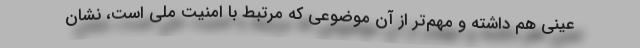
عینی هم داشته و مهم‌تر از آن موضوعی که مرتبط با امنیت ملی است، نشان